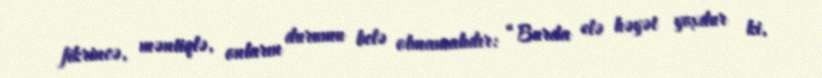
fikrincə, məntiqlə, onların durumu belə olmamalıdır: “Burda elə həyət yoxdur ki,